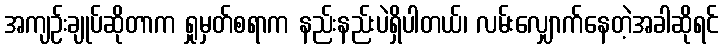
အကျဉ်းချုပ်ဆိုတာက ရှုမှတ်စရာက နည်းနည်းပဲရှိပါတယ်၊ လမ်းလျှောက်နေတဲ့အခါဆိုရင်